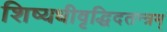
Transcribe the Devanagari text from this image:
शिष्यधीवृद्धिदतन्त्रम्